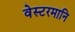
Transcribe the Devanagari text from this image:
वेस्टरमानि